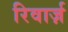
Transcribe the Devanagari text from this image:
रिवार्ज़